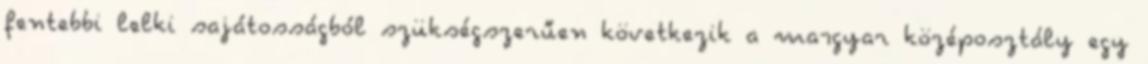
fentebbi lelki sajátosságból szükségszerűen következik a ma¬gyar középosztály egy